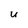
Character: u